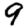
Digit: 9